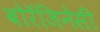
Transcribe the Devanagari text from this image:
बोरॅजिनेसी